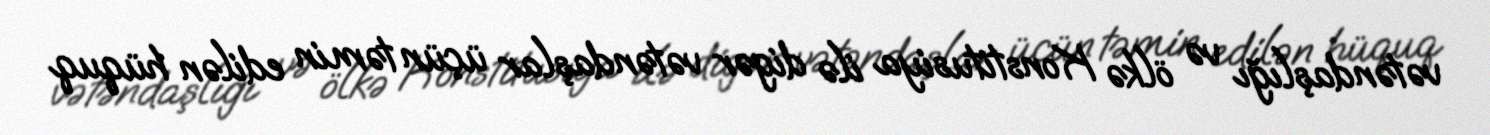
vətəndaşlığı və ölkə Konstitusiya ilə digər vətəndaşlar üçün təmin edilən hüquq